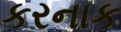
કરનાક